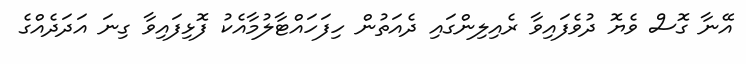
އޭނާ ގޮސް ވެޔޮ ދުވެފައިވާ ރެއިލިންގައި ދެއަތުން ހިފަހައްޓާލުމާއެކު ފޮޅިފައިވާ ގިނަ އަދަދެއްގެ